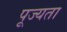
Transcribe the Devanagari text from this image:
पूज्यता